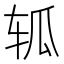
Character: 𮝴